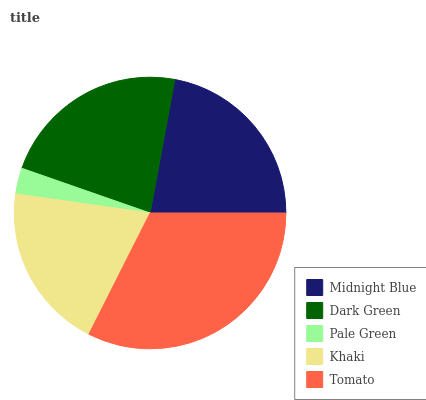
| Midnight Blue | Dark Green | Pale Green | Khaki | Tomato |
 | --- | --- | --- | --- | --- |
 | 22.1% | 22.6% | 3.09% | 19.7% | 32.5% |